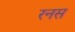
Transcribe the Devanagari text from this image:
रनस